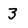
Character: 3